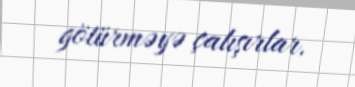
götürməyə çalışırlar.